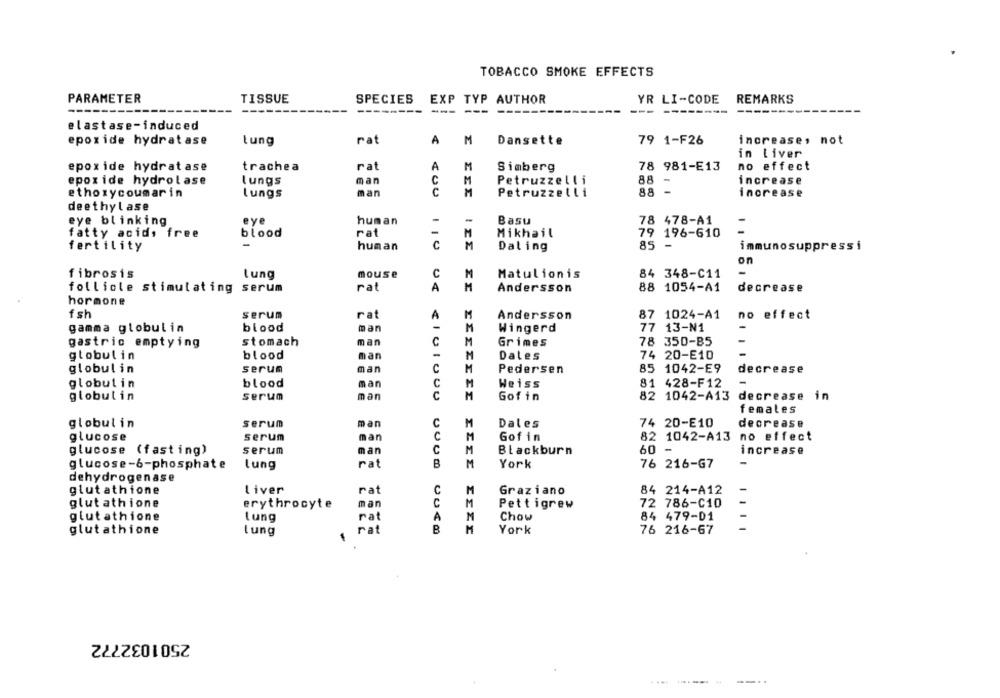
TOBACCO SMOKE EFFECTS
PARAMETER
TISSUE
SPECIES
EXP TYP AUTHOR
YR LI-CODE
REMARKS
--
---
---
-----
---
elastase-induced
rat
A
epoxide hydratase
Lung
M
Dansette
79 1-F26
increase, not
in Liver
epoxide hydratase
trachea
rat
A
Simberg
78 981-E13
no effect
epoxide hydrolase
lungs
man
C
M
Petruzzelli
88
-
increase
ethoxycoumarin
lungs
man
C
M
Petruzzelli
88
-
increase
deethylase
eye blinking
human
-
Basu
78 478-A1
eye
-
fatty acids free
blood
rat
Mikhail
79 196-610
C
M
85 -
fertility
human
Daling
immunosuppress i
on
-
fibrosis
Lung
mouse
M
Matulionis
84 348-C11
M
follicle stimulating serum
rat
A
Andersson
88 1054-A1
decrease
hormone
serum
rat
fsh
A
M
Andersson
87 1024-A1
no effect
gamma globulin
blood
man
M
Wingerd
77 13-N1
-
stomach
man
C
78 350-85
gastric emptying
M
Grimes
-
globulin
blood
man
M
Dales
74 20-E10
-
globulin
serum
man
M
Pedersen
85 1042-E9
decrease
globulin
blood
man
M
81 428-F12
-
Weiss
globulin
serum
man
C
M
Gofin
82 1042-A13
decrease in
females
globulin
serum
man
C
M
Dales
74 20-E10
decrease
glucose
serum
man
C
M
Gofin
82 1042-A13
no effect
glucose (fasting)
serum
man
C
M
Blackburn
60 -
increase
glucose-6-phosphate
lung
rat
B
M
York
76 216-G7
dehydrogenase
rat
glutathione
Liver
C
M
Graziano
84 214-A12
erythrocyte
man
C
M
72 786-C10
glut athione
Pettigrew
glutathione
rat
A
M
Chow
84 479-01
-
Lung
glutathione
rat
M
York
76 216-67
lung
2501032772